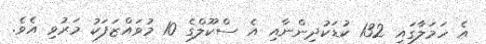
އެ ހަމަލާގައި 132 ކުޑަކުދިންނާއި އެ ސްކޫލްގެ 10 މުވައްޒަފަކު މަރުވި އެވެ.